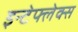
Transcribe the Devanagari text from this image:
इन्टेफ्लेक्स